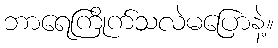
ဘာရေကြိုက်သလဲမပြောနဲ့။